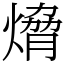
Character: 熁